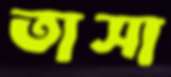
তাসা